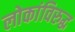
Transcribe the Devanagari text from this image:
लोकांविरुद्ध